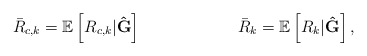
\begin{align*} \bar{R}_{c,k}&=\mathbb{E}\left[R_{c,k}|\mathbf{\hat{G}}\right] & \bar{R}_{k}=\mathbb{E}\left[R_{k}|\mathbf{\hat{G}}\right],\end{align*}